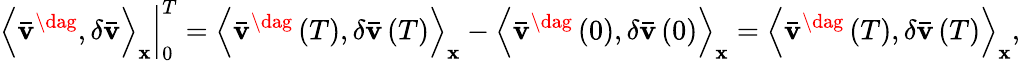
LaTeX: \left.{{{\left\langle{{{{\mathbf{\bar{v}}}}^{\dag}},\delta{\mathbf{\bar{v}}}}\right\rangle}_{\mathbf{x}}}}\right|_{0}^{T}={\left\langle{{{{\mathbf{\bar{v}}}}^{\dag}}\left(T\right),\delta{\mathbf{\bar{v}}}\left(T\right)}\right\rangle_{\mathbf{x}}}-{\left\langle{{{{\mathbf{\bar{v}}}}^{\dag}}\left(0\right),\delta{\mathbf{\bar{v}}}\left(0\right)}\right\rangle_{\mathbf{x}}}={\left\langle{{{{\mathbf{\bar{v}}}}^{\dag}}\left(T\right),\delta{\mathbf{\bar{v}}}\left(T\right)}\right\rangle_{\mathbf{x}}},